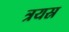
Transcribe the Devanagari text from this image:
त्रयस्र